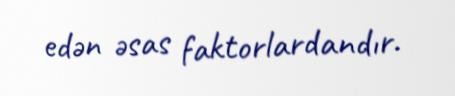
edən əsas faktorlardandır.